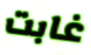
غابت